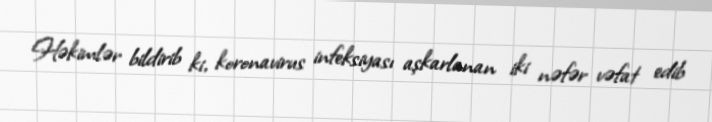
Həkimlər bildirib ki, koronavirus infeksiyası aşkarlanan iki nəfər vəfat edib